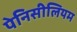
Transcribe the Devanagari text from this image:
पेनिसीलियम